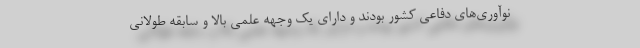
نوآوری‌های دفاعی کشور بودند و دارای یک وجهه علمی بالا و سابقه طولانی